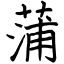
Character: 蒲